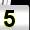
Digit: 5